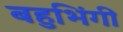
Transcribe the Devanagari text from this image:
बहुभिंगी